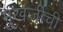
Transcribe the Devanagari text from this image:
मुखर्जीची